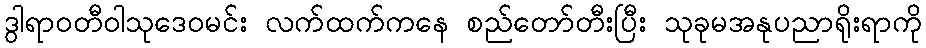
ဒွါရာဝတီဝါသုဒေဝမင်း လက်ထက်ကနေ စည်တော်တီးပြီး သုခုမအနုပညာရိုးရာကို